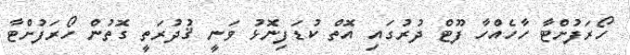
ހޯރަފުށްޓާ ހާހެއްހާ ފޫޓް ދުރުގައި އޮތް ކުޑަފިނޮޅު ވަނީ ޤުދުރަތީ ގޮތުން ހޯރަފުށްޓާ